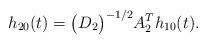
LaTeX: \begin{align*} h_{2 0}(t)=\big(D_{2}\big)^{-1/2}A_{2}^{T}h_{1 0}(t).\end{align*}